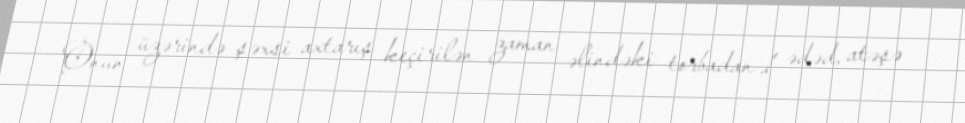
Onun üzərində şəxsi axtarış keçirilən zaman əlindəki torbadan 1 ədəd, atəşə